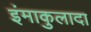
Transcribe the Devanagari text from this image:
इंमाकुलादा